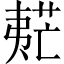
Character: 𡙧